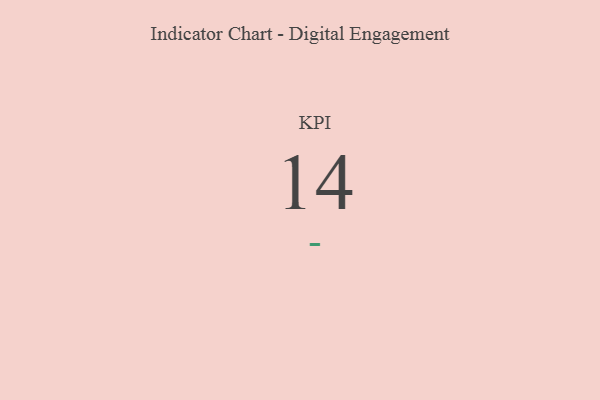
{"axis": {"x": "KPI", "y": "Value"}, "legend": [""], "data": [{"x": "KPI", "y": 14, "type": ""}]}